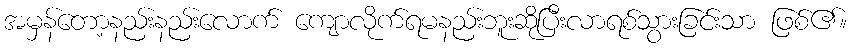
အမှန်တော့နည်းနည်းလောက် ကျောလိုက်ရမနည်းဘူးဆိုပြီးလာရစ်သွားခြင်းသာ ဖြစ်၏။